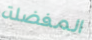
المفضلة